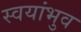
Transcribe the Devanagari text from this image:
स्वयांभुव